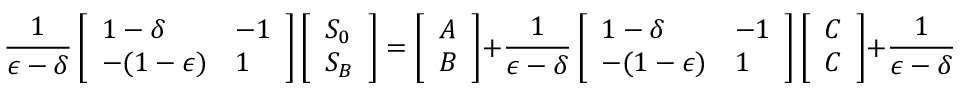
\frac { 1 } { \epsilon - \delta } \left[ \begin{array} { l l } { 1 - \delta } & { - 1 } \\ { - ( 1 - \epsilon ) } & { 1 } \end{array} \right] \left[ \begin{array} { l } { S _ { 0 } } \\ { S _ { B } } \end{array} \right] = \left[ \begin{array} { l } { A } \\ { B } \end{array} \right] + \frac { 1 } { \epsilon - \delta } \left[ \begin{array} { l l } { 1 - \delta } & { - 1 } \\ { - ( 1 - \epsilon ) } & { 1 } \end{array} \right] \left[ \begin{array} { l } { C } \\ { C } \end{array} \right] + \frac { 1 } { \epsilon - \delta } \left[ \begin{array} { l l } { 1 - \delta } & { - 1 } \\ { - ( 1 - \epsilon ) } & { 1 } \end{array} \right] \left[ \begin{array} { l } { \eta _ { 0 } } \\ { \eta _ { B } } \end{array} \right] .